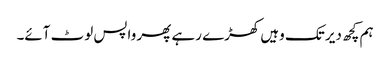
ہم کچھ دیر تک وہیں کھڑے رہے پھر واپس لوٹ آئے۔